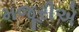
મજૂરીએ